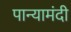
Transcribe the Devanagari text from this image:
पान्यामंदी